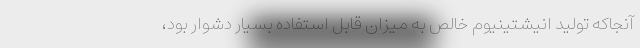
آنجاکه تولید انیشتینیوم خالص به میزان قابل استفاده بسیار دشوار بود،